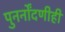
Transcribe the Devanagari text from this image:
पुनर्नोंदणीही